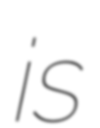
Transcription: is